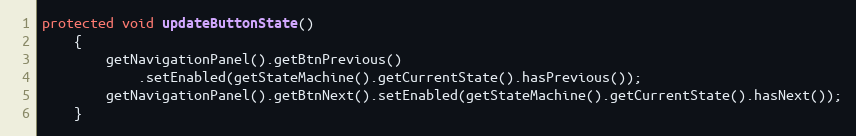
Language: Java
protected void updateButtonState()
	{
		getNavigationPanel().getBtnPrevious()
			.setEnabled(getStateMachine().getCurrentState().hasPrevious());
		getNavigationPanel().getBtnNext().setEnabled(getStateMachine().getCurrentState().hasNext());
	}